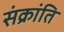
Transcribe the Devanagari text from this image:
संक्रांति